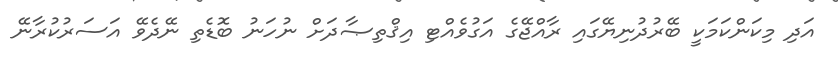
އަދި މިކަންކަމަކީ ބޭރުދުނިޔޭގައި ރާއްޖޭގެ އަގުވެއްޓި އިޤްތިޞާދަށް ނުހަނު ބޮޑެތި ނޭދެވޭ އަސަރުކުރާނޭ